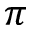
\pi